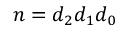
n = d _ { 2 } d _ { 1 } d _ { 0 }